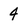
Character: 4